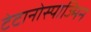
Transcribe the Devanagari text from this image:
टेटानोस्पाज्मिन